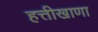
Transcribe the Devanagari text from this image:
हत्तीखाणा